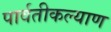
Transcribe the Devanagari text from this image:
पार्वतीकल्याण